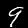
Digit: 9